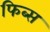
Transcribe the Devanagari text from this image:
फिब्स